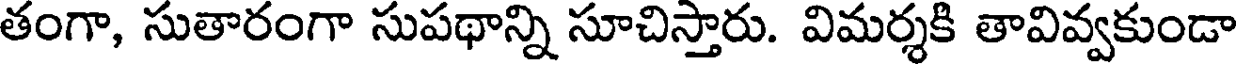
తంగా, సుతారంగా సుపథాన్ని సూచిస్తారు. విమర్శకి తావివ్వకుండా